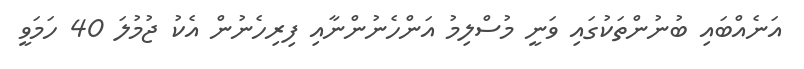
އަނެއްބައި ބުނުންތަކުގައި ވަނީ މުސްލިމު އަންހެނުންނާއި ފިރިހެނުން އެކު ޖުމުލަ 40 ހަމަވީ